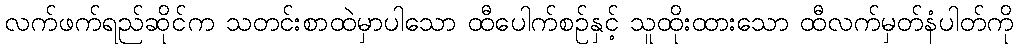
လက်ဖက်ရည်ဆိုင်က သတင်းစာထဲမှာပါသော ထီပေါက်စဉ်နှင့် သူထိုးထားသော ထီလက်မှတ်နံပါတ်ကို